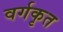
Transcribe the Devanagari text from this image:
वर्गकृत